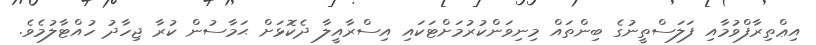
އިޢްތިރާފްވުމާއި ފަލަސްތީނުގެ ބިންތައް މިނިވަންކުރުމަށްޓަކައި އިސްރާއީލާ ދެކޮޅަށް ޙަމާސުން ކުރާ ޖިހާދު ހުއްޓާލުމެވެ.